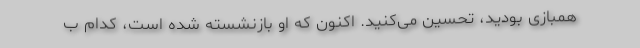
همبازی بودید، تحسین می‌کنید. اکنون که او بازنشسته شده است، کدام ب